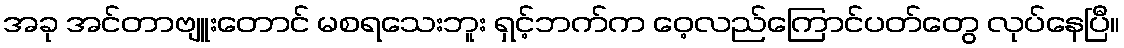
အခု အင်တာဗျူးတောင် မစရသေးဘူး ရှင့်ဘက်က ဝေ့လည်ကြောင်ပတ်တွေ လုပ်နေပြီ။